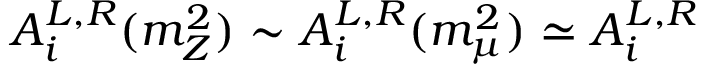
A _ { i } ^ { L , R } ( m _ { Z } ^ { 2 } ) \sim A _ { i } ^ { L , R } ( m _ { \mu } ^ { 2 } ) \simeq A _ { i } ^ { L , R }